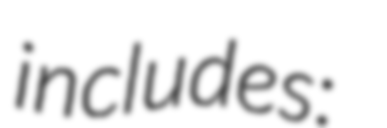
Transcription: includes: